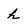
Character: h